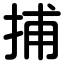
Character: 捕